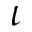
\iota